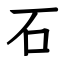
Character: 石